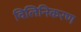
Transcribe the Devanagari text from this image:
विलिनिकरण